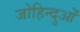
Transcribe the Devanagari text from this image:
जोहिन्दुओं